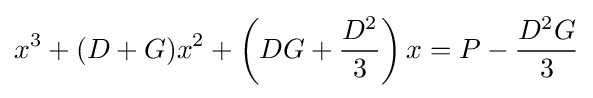
x^{3}+(D+G)x^{2}+\left(DG+{\frac {D^{2}}{3}}\right)x=P-{\frac {D^{2}G}{3}}